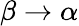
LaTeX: \beta\to\alpha